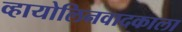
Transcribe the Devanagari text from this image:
व्हायोलिनवादकाला